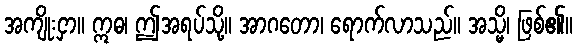
အကျိုးငှာ။ ဣဓ၊ ဤအရပ်သို့။ အာဂတော၊ ရောက်လာသည်။ အသ္မိ၊ ဖြစ်၏။